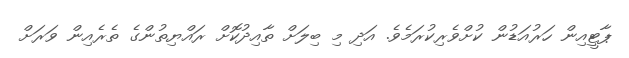
ޕާޓީއިން ހަރުއަޑުން ކުށްވެރިކުރަމެވެ. އަދި މި ބިލަށް ތާއިދުކޮށް ރައްޔިތުންގެ ތެރެއިން ވަރަށް